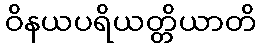
ဝိနယပရိယတ္တိယာတိ